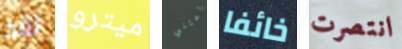
لقد ميترو أعتني خائفا انتصرت